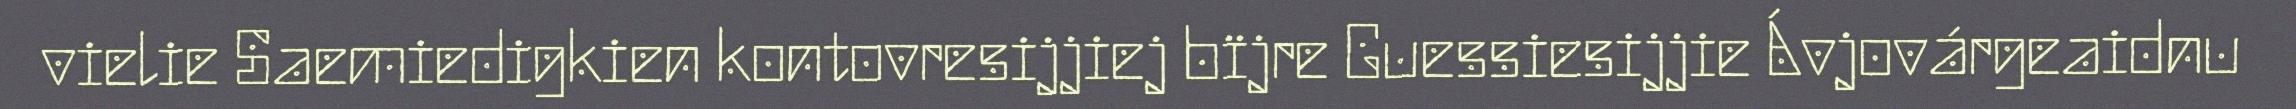
vielie Saemiedigkien kontovresijjiej bïjre Guessiesijjie Ávjovárgeaidnu